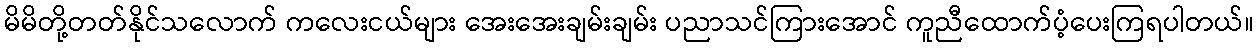
မိမိတို့တတ်နိုင်သလောက် ကလေးငယ်များ အေးအေးချမ်းချမ်း ပညာသင်ကြားအောင် ကူညီထောက်ပံ့ပေးကြရပါတယ်။